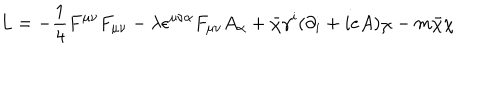
LaTeX: L = - \frac { 1 } { 4 } F ^ { \mu \nu } F _ { \mu \nu } - \lambda \epsilon ^ { \mu \nu \alpha } F _ { \mu \nu } A _ { \alpha } + \bar { \chi } \gamma ^ { i } ( \partial _ { i } + i e A ) \chi - m \bar { \chi } \chi